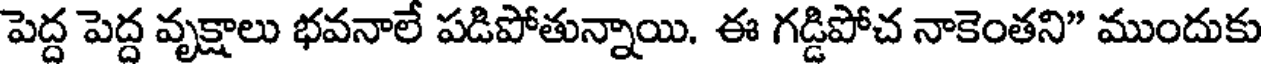
పెద్ద పెద్ద వృక్షాలు భవనాలే పడిపోతున్నాయి. ఈ గడ్డిపోచ నాకెంతని" ముందుకు